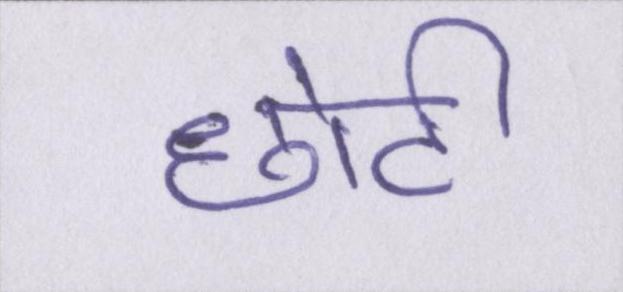
छोटी